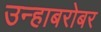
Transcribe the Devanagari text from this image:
उन्हाबरोबर